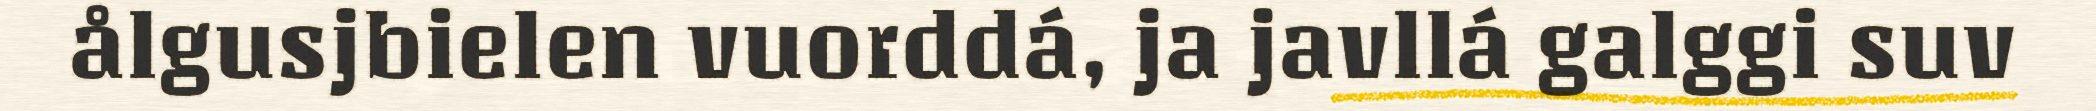
ålgusjbielen vuorddá, ja javllá galggi suv